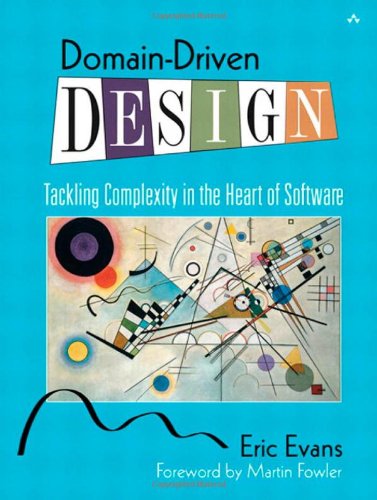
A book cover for Domain-Driven Design: Tackling Complexity in the Heart of Software; Eric Evans; Computers & Technology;